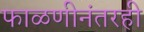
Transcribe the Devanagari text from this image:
फाळणीनंतरही